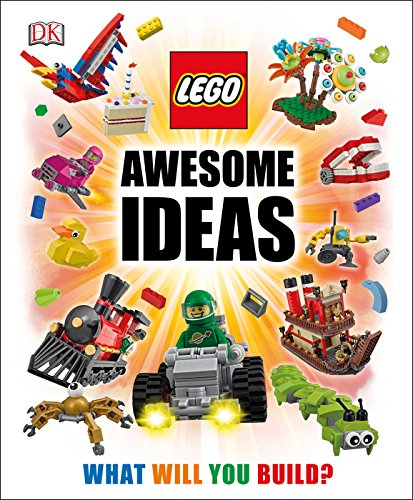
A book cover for LEGO Awesome Ideas; Daniel Lipkowitz; Children's Books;